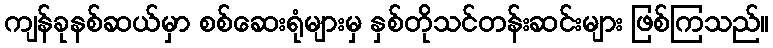
ကျန်ခုနစ်ဆယ်မှာ စစ်ဆေးရုံများမှ နှစ်တိုသင်တန်းဆင်းများ ဖြစ်ကြသည်။